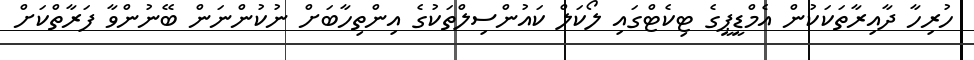
ހުރިހާ ދާއިރާތަކަކުން އެމްޑީޕީގެ ޓިކެޓްގައި ލޯކަލް ކައުންސިލްތަކުގެ އިންތިހާބަށް ނުކުންނަން ބޭނުންވާ ފަރާތްކަށް